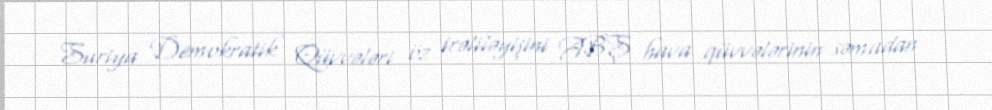
Suriya Demokratik Qüvvələri öz irəliləyişini ABŞ hava qüvvələrinin səmadan